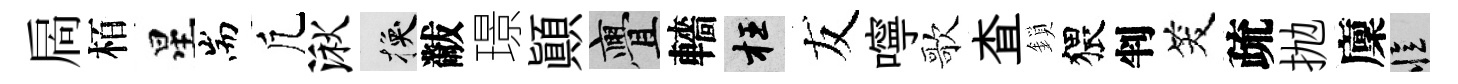
扄栢星耑凢湫换黻璟顚亹轖枉友嚀歌查鎖猥判笑疏抛廩忆